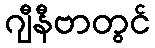
ဂျီနီဗာတွင်